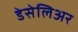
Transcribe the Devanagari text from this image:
डेसेलिअर